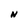
Character: N